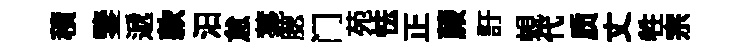
積鑒遞款汨怠薧腮门苑怯正蕨訏蜆代质丈牲宗